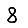
Digit: 8